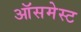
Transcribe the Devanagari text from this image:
ऑसमेस्ट